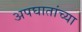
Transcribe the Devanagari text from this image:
अपघातांच्या